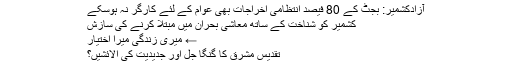
آزادکشمیر: بجٹ کے 80 فیصد انتظامی اخراجات بھی عوام کے لئے کارگر نہ ہوسکے
کشمیر کو شناخت کے ساتھ معاشی بحران میں مبتلا کرنے کی سازش
← میری زندگی میرا اختیار
تقدیسِ مشرق کا گنگا جل اور جدیدیت کی آلائشیں؟